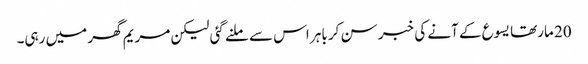
20 مارتھا یسوع کے آنے کی خبر سن کر باہر اس سے ملنے گئی لیکن مریم گھر میں رہی۔